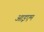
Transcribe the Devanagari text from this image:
आइएम